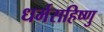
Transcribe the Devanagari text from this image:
धर्मसहिष्णु